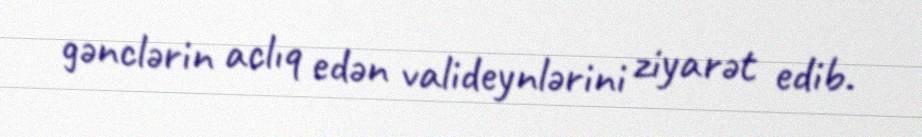
gənclərin aclıq edən valideynlərini ziyarət edib.